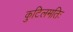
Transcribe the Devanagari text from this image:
कुटिलमतिः